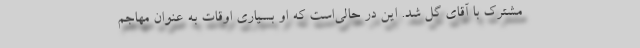
مشترک با آقای گل شد. این در حالی‌است که او بسیاری اوقات به عنوان مهاجم